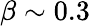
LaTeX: \beta\sim 0.3